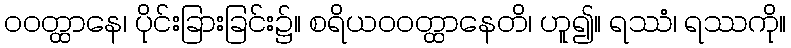
ဝဝတ္ထာနေ၊ ပိုင်းခြားခြင်း၌။ စရိယဝဝတ္ထာနေတိ၊ ဟူ၍။ ရဿံ၊ ရဿကို။